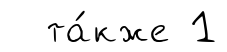
та́кже 1